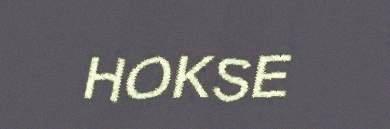
HOKSE